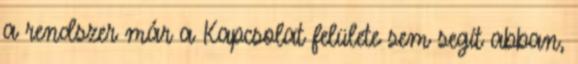
a rendszer már a Kapcsolat felülete sem segít abban,